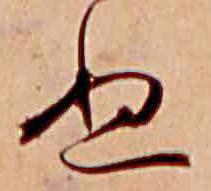
ぬ